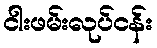
ငါးဖမ်းလုပ်ငန်း